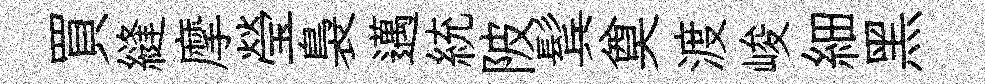
買縫摩瑩裊邁統陂鬂奠渡峻細黑